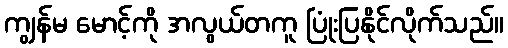
ကျွန်မ မောင့်ကို အလွယ်တကူ ပြုံးပြနိုင်လိုက်သည်။